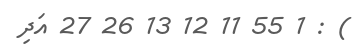
) : 1 55 11 12 13 26 27 އަދި